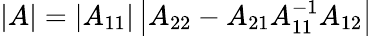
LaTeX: |A|=\left|A_{11}\right|\left|A_{22}-A_{21}A_{11}^{-1}A_{12}\right|